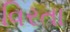
વિરતા